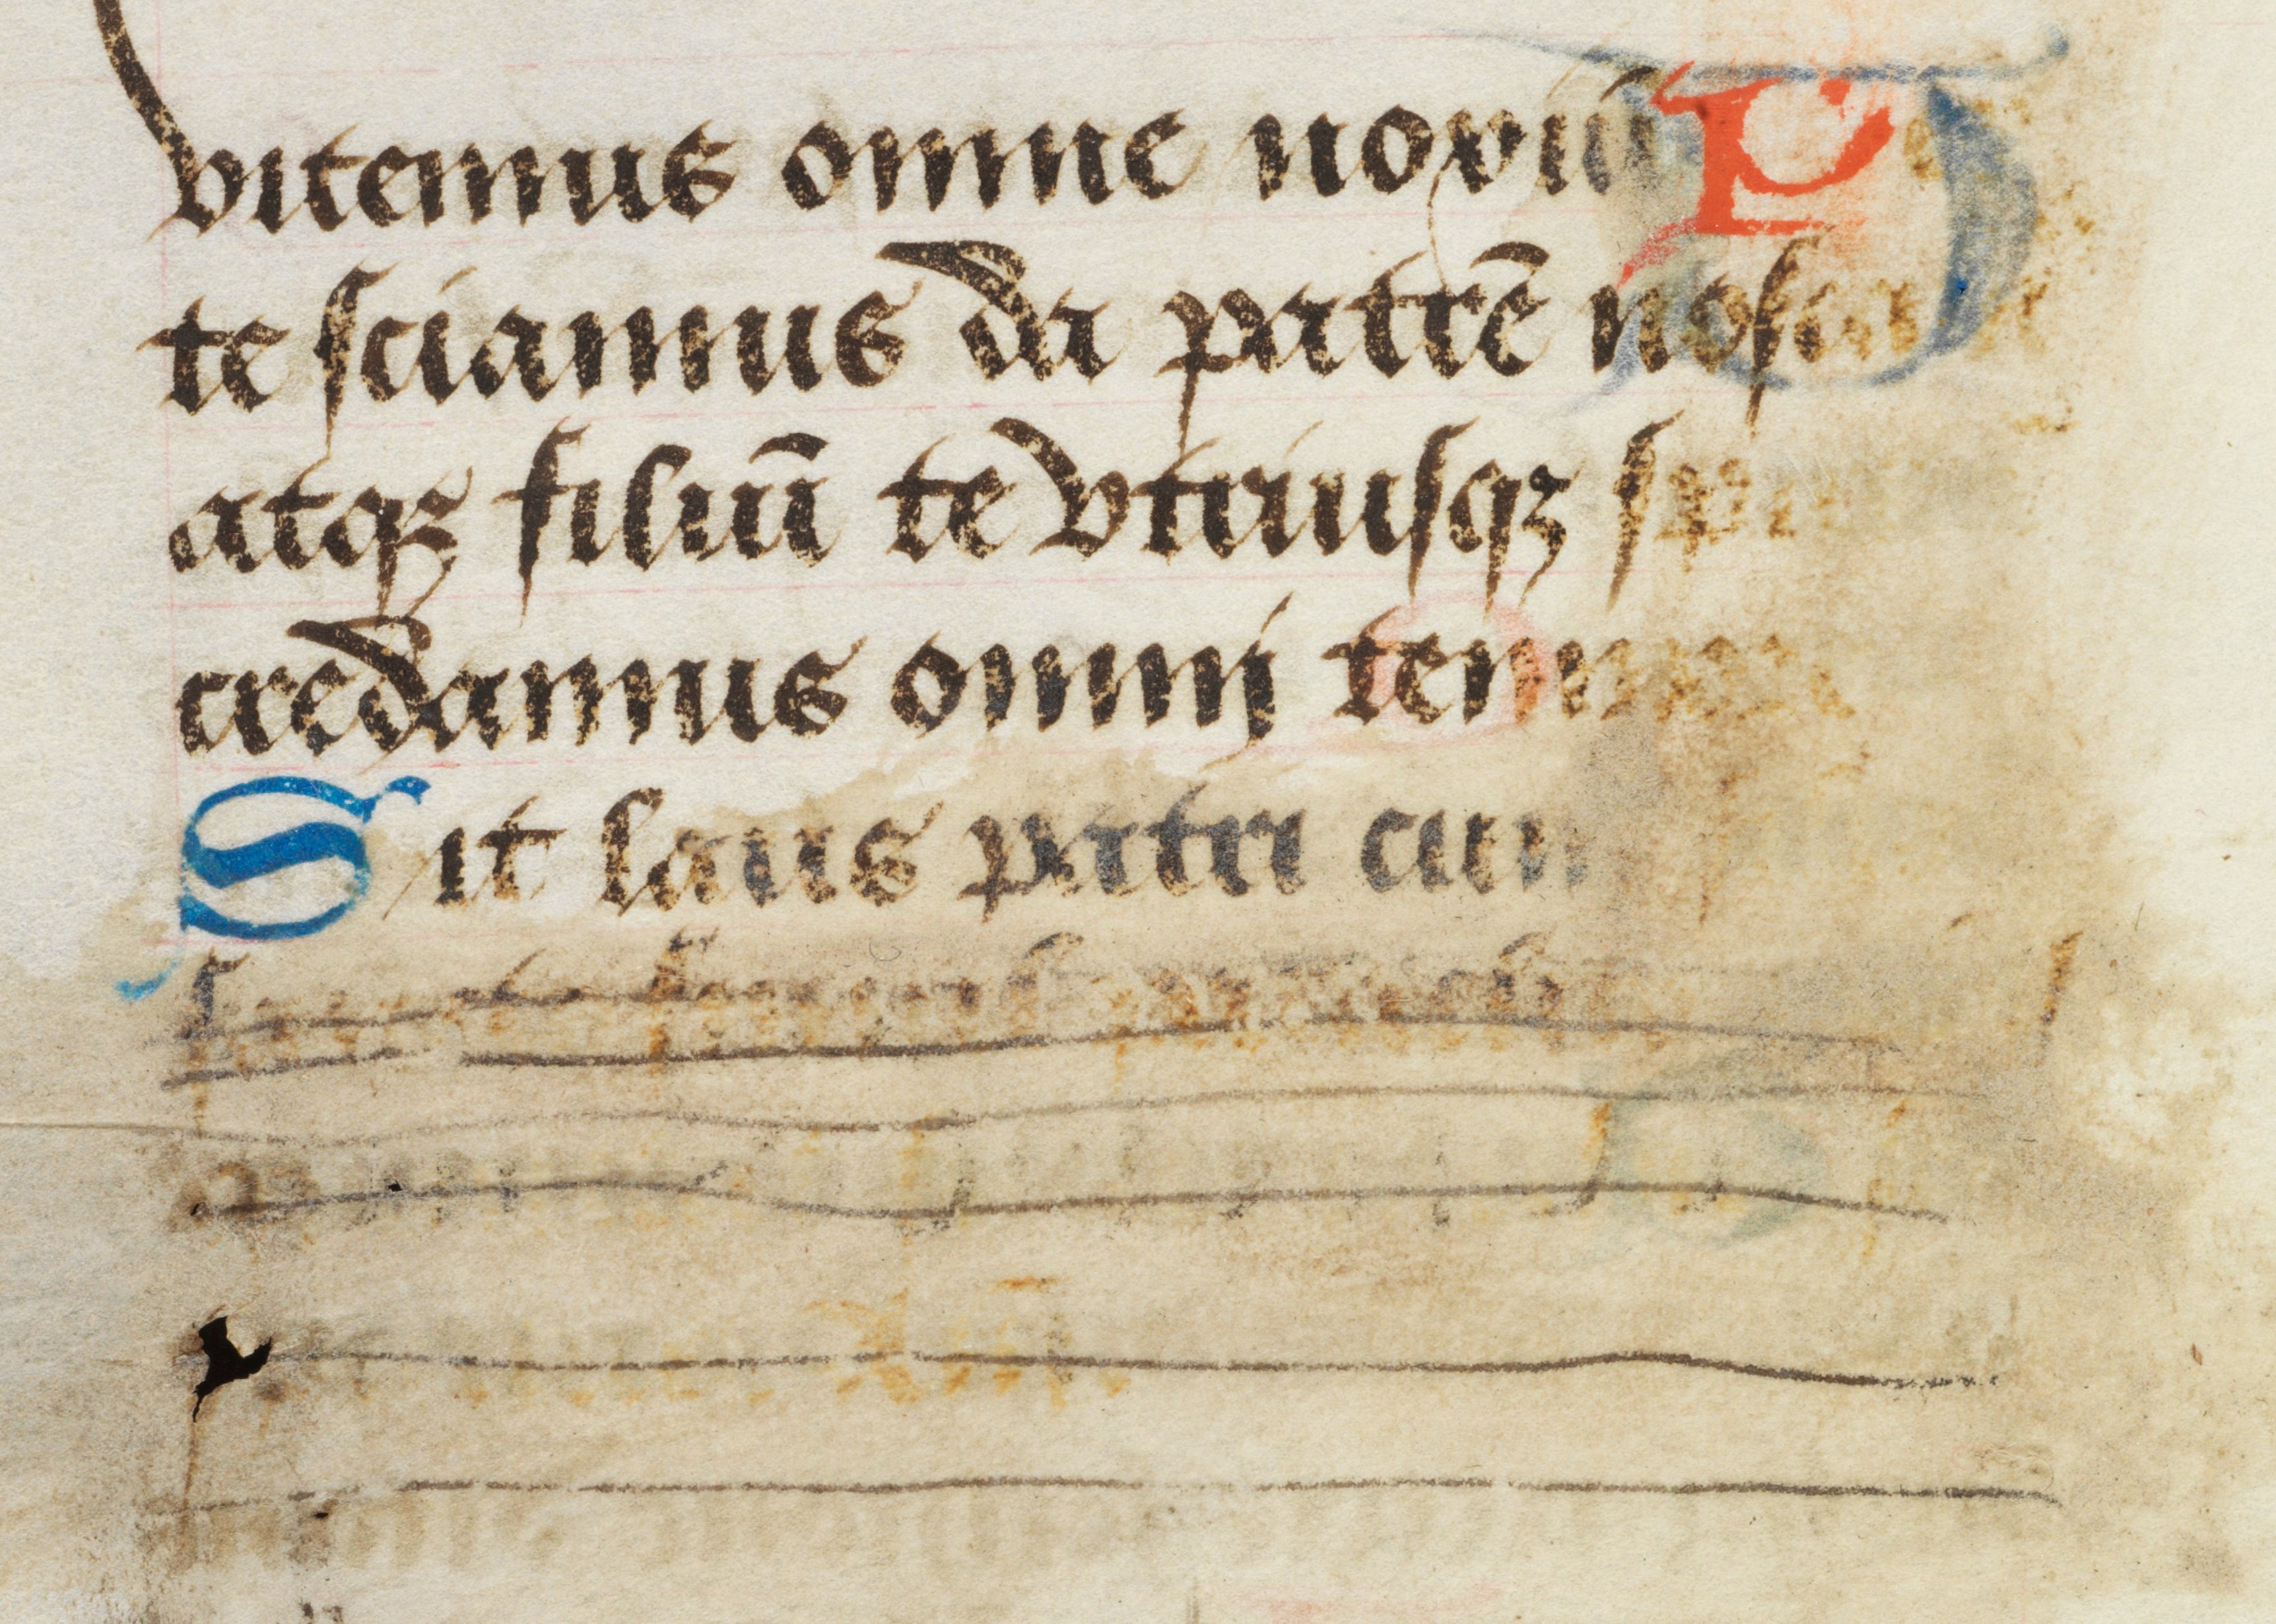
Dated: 1463–1498